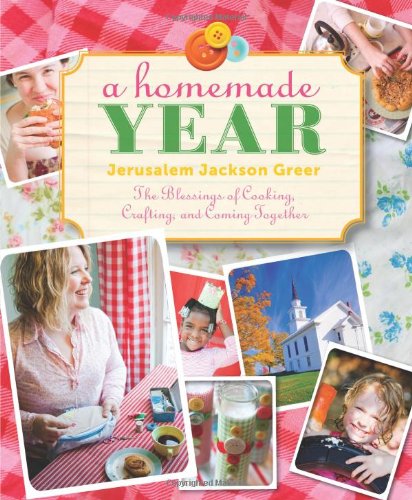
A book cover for A Homemade Year: The Blessings of Cooking, Crafting, and Coming Together; Jerusalem Jackson Greer; Cookbooks, Food & Wine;